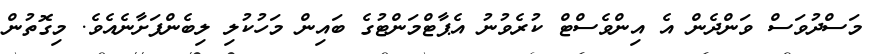
މަސްދުވަސް ވަންދެން އެ އިންވެސްޓް ކުރެވުނު އެޕާޓްމަންޓުގެ ބައިން މަހުކުލި ލިބެންފަށާނެއެވެ. މިގޮތުން